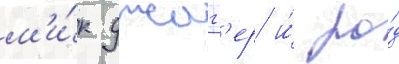
м'и́к джагг'ер и́ ро́д